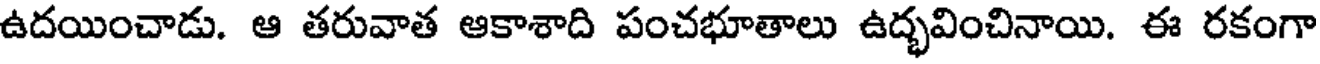
ఉదయించాడు. ఆ తరువాత ఆకాశాది పంచభూతాలు ఉద్భవించినాయి. ఈ రకంగా